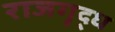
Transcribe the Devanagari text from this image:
राजगृद्ध